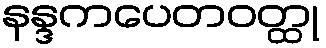
နန္ဒကပေတဝတ္ထု